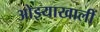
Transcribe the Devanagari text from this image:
ओझ्याखालीं